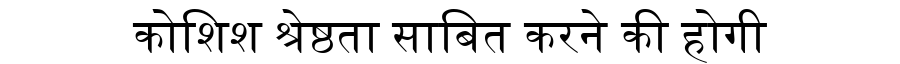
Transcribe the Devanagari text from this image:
कोशिश श्रेष्ठता साबित करने की होगी